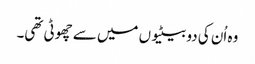
وہ اُن کی دو بیٹیوں میں سے چھوٹی تھی۔